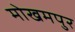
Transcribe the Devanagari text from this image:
मोखमपुर